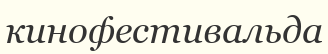
кинофестивальда